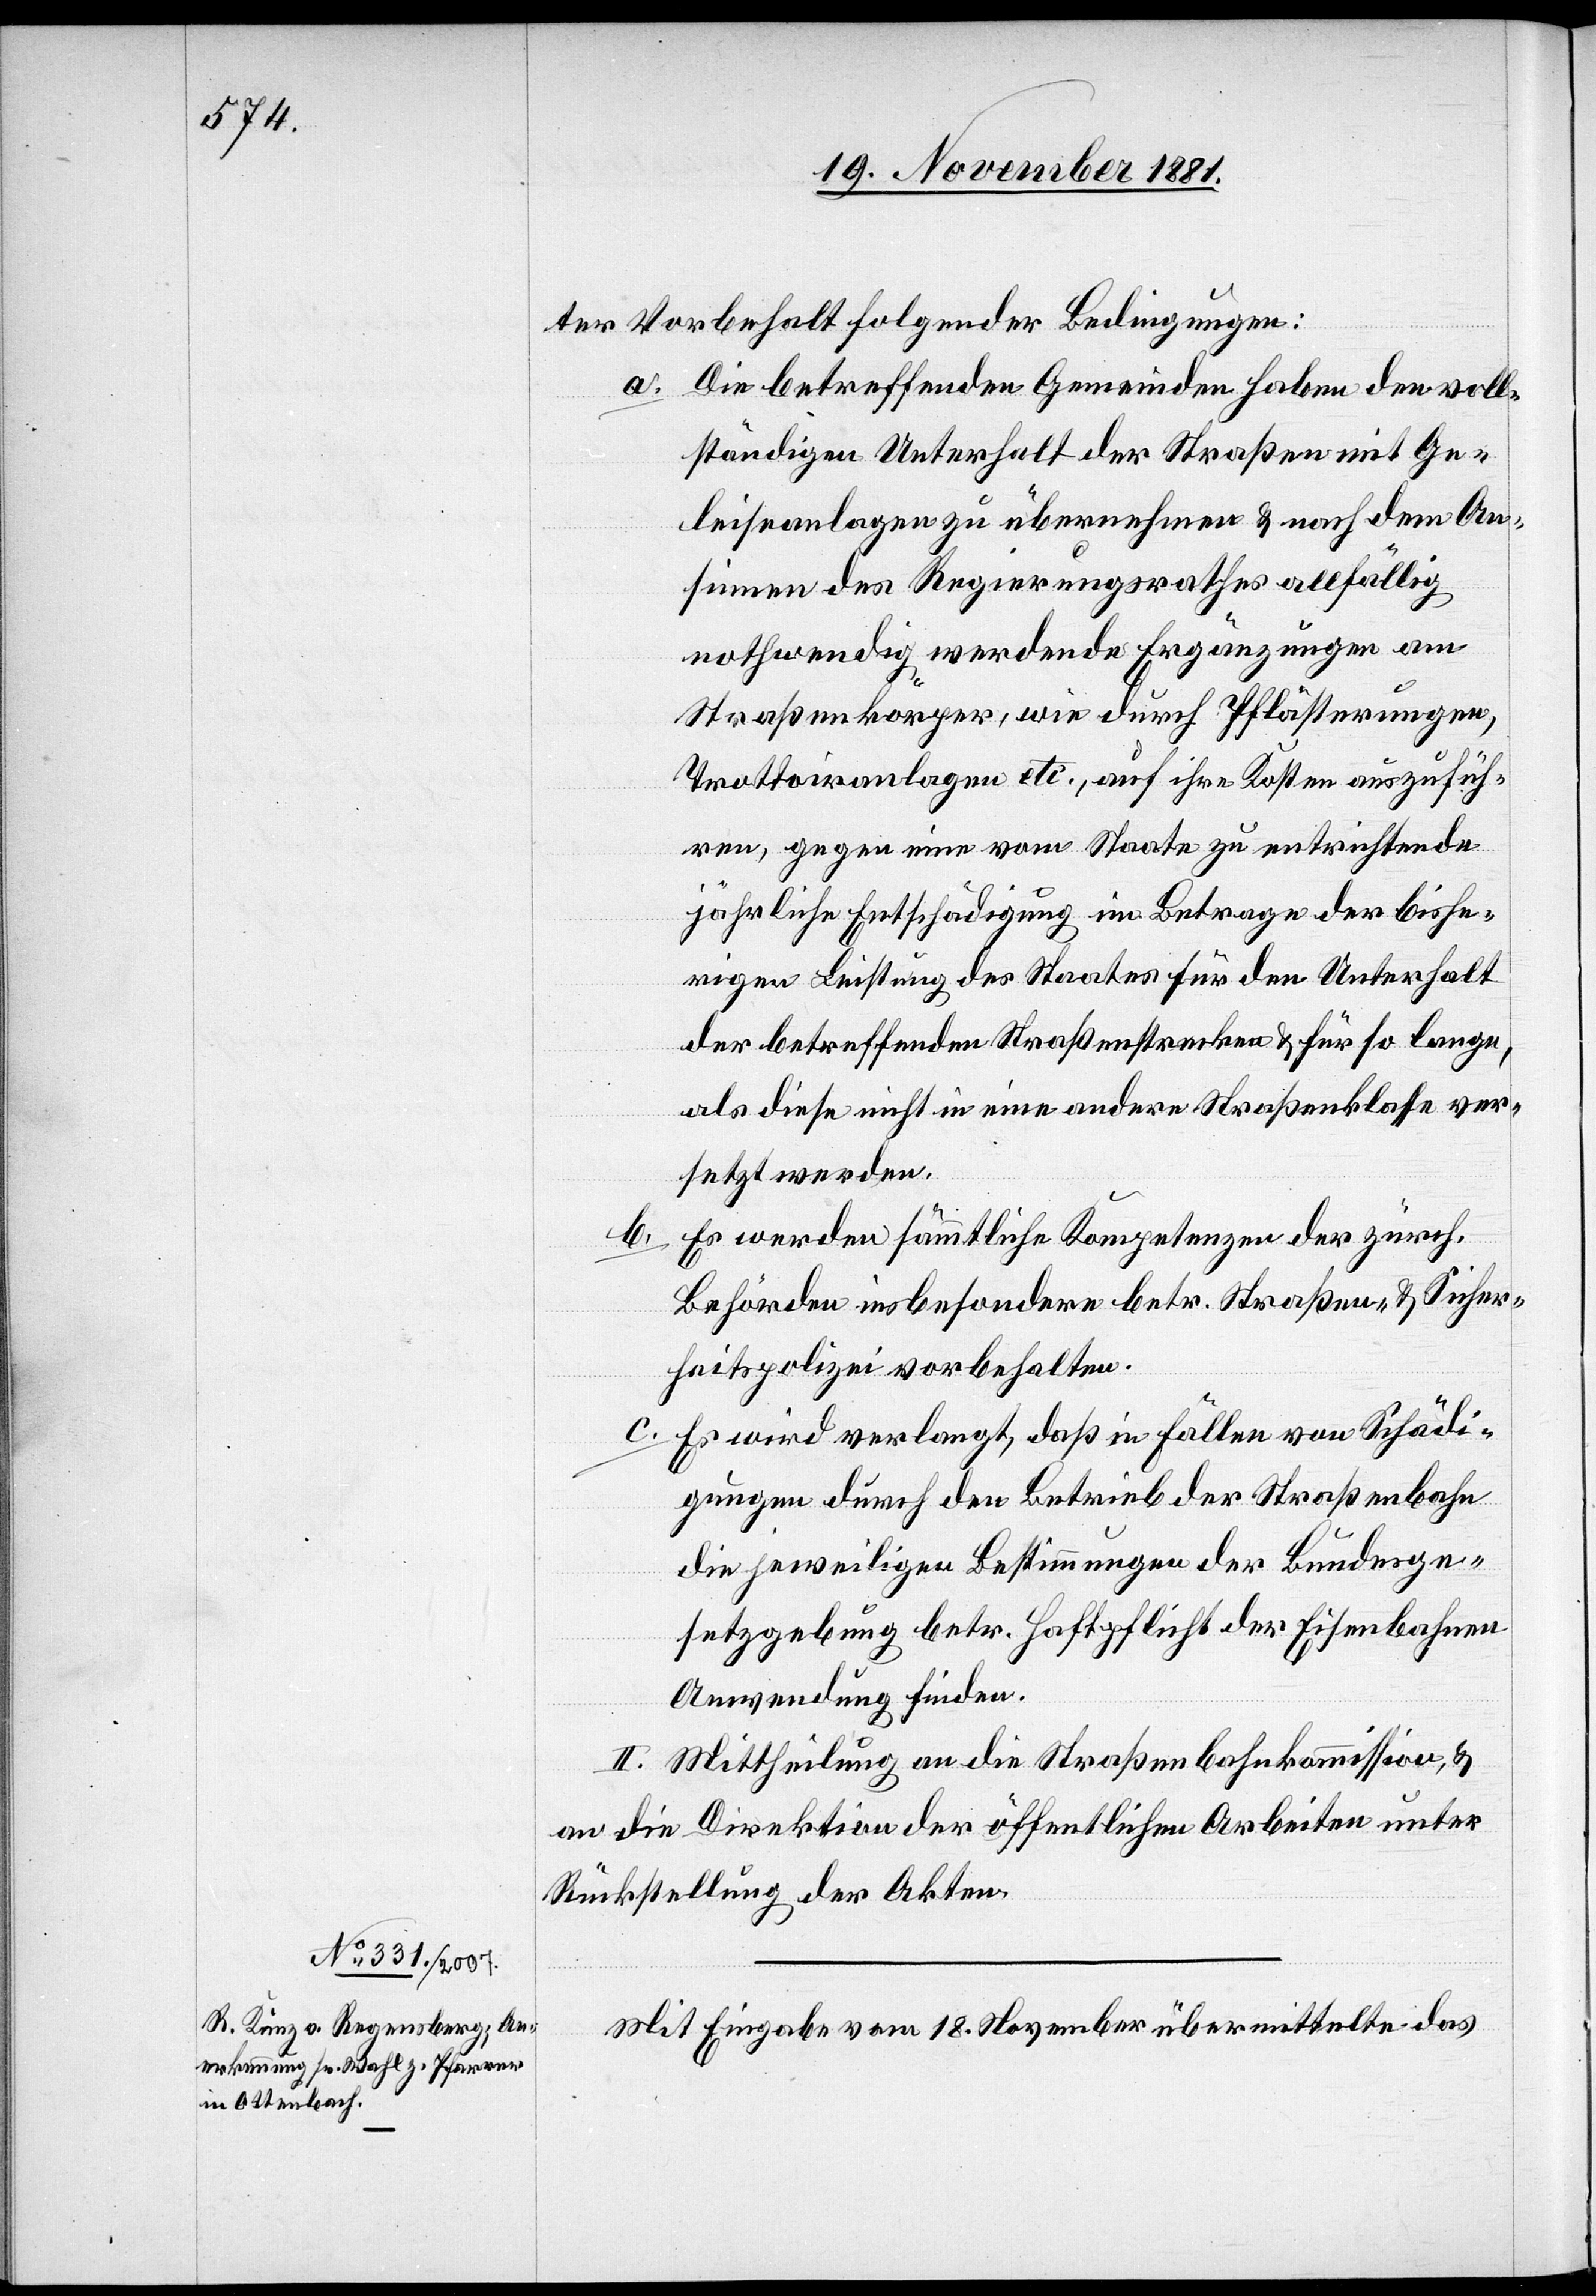
ter Vorbehalt folgender Bedingungen:
a. Die betreffenden Gemeinden haben den voll¬
ständigen Unterhalt der Straßen mit Ge¬
leiseanlagen zu übernehmen & nach dem An¬
sinnen des Regierungsrathes allfällig
nothwendig werdende Ergänzungen am
Straßenkörper, wie durch Pflästerungen,
Trottoiranlagen etc., auf ihre Kosten auszufüh¬
ren, gegen einen vom Staate zu entrichtende
jährliche Entschädigung im Betrage der bishe¬
rigen Leistungen des Staates für den Unterhalt
der betreffenden Straßenstrecke & für so lange,
als diese nicht in eine andere Straßenklasse ver¬
setzt werden.
b.
Es werden sämmtliche Kompetenzen der zürch.
Behörden insbesondere betr. Straßen- & Sicher¬
heitspolizei vorbehalten.
c. Es wird verlangt, daß in Fällen von Schädi¬
gungen durch den Betrieb der Straßenbahn
die jeweiligen Bestimmungen der Bundesge¬
setzgebung betr. Haftpflicht der Eisenbahnen
Anwendung finden.
II. Mittheilung an die Straßenbahnkommission, &
an die Direktion der öffentlichen Arbeiten unter
Rückstellung der Akten.
Mit Eingabe vom 18. November übermittelte das